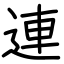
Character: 連